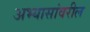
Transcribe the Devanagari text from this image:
अभ्यासांवरील